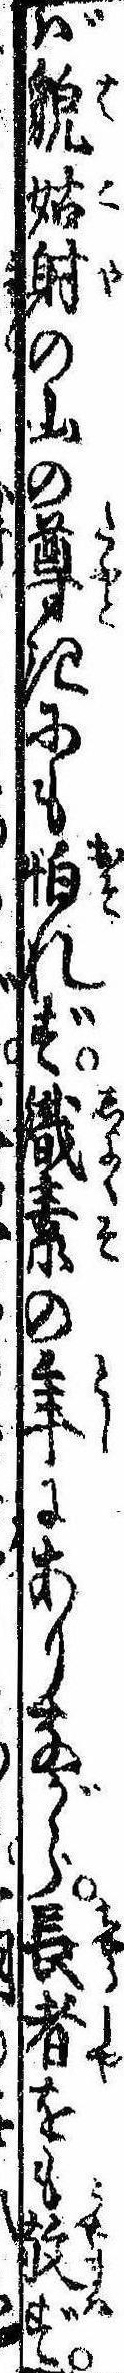
ば貌姑射の山の尊きにも怕れず織素の年にありながら長者をも敬ず